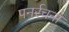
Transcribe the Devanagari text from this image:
पनर्रचना